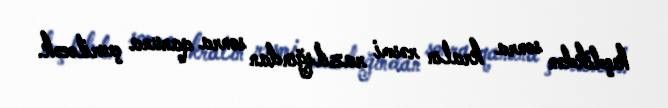
keçdikdən sonra kralın rəsmi razılığından sonra qanuna çevriləcək.